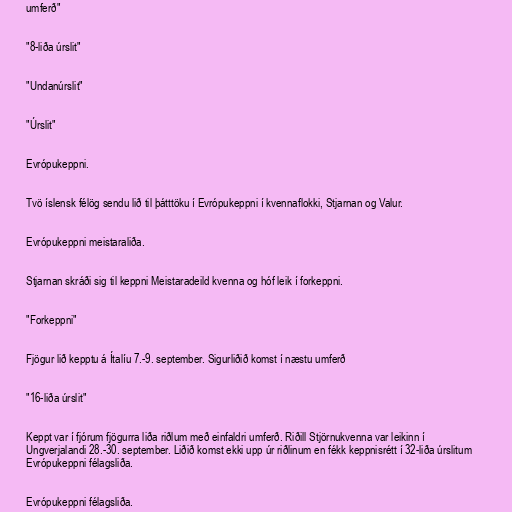
umferð"

"8-liða úrslit"

"Undanúrslit"

"Úrslit"

Evrópukeppni.

Tvö íslensk félög sendu lið til þátttöku í Evrópukeppni í kvennaflokki, Stjarnan og Valur.

Evrópukeppni meistaraliða.

Stjarnan skráði sig til keppni Meistaradeild kvenna og hóf leik í forkeppni.

"Forkeppni"

Fjögur lið kepptu á Ítalíu 7.-9. september. Sigurliðið komst í næstu umferð

"16-liða úrslit"

Keppt var í fjórum fjögurra liða riðlum með einfaldri umferð. Riðill Stjörnukvenna var leikinn í
Ungverjalandi 28.-30. september. Liðið komst ekki upp úr riðlinum en fékk keppnisrétt í 32-liða úrslitum
Evrópukeppni félagsliða.

Evrópukeppni félagsliða.